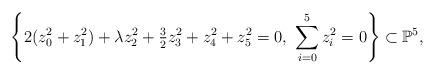
LaTeX: \begin{align*} \left\{ 2(z_0^2 + z_1^2) + \lambda z_2^2 + \tfrac{3}{2} z_3^2 + z_4^2 + z_5^2 = 0,\ \sum_{i = 0}^5 z_i^2 = 0 \right\} \subset \mathbb P^5,\end{align*}